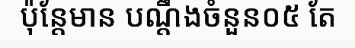
ប៉ុន្តែមាន បណ្តឹងចំនួន០៥ តែ